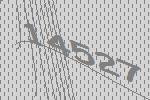
14527